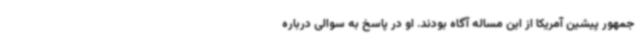
جمهور پیشین آمریکا از این مساله آگاه بودند. او در پاسخ به سوالی درباره